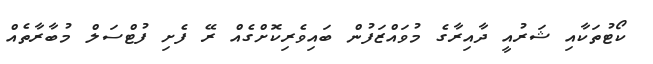
ކޯޓުތަކާއި ޝަރުއީ ދާއިރާގެ މުވައްޒަފުން ބައިވެރިކޮށްގެއް ރޭ ފެށި ފުޓްސަލް މުބާރާތެއް